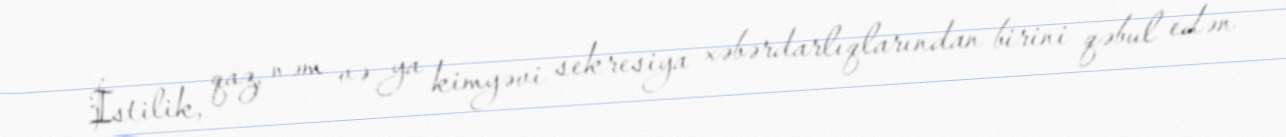
İstilik, qaz, nəm və ya kimyəvi sekresiya xəbərdarlıqlarından birini qəbul edən